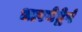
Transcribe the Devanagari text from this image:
धारयेद्वेषं